Riigikantselei, lk 2
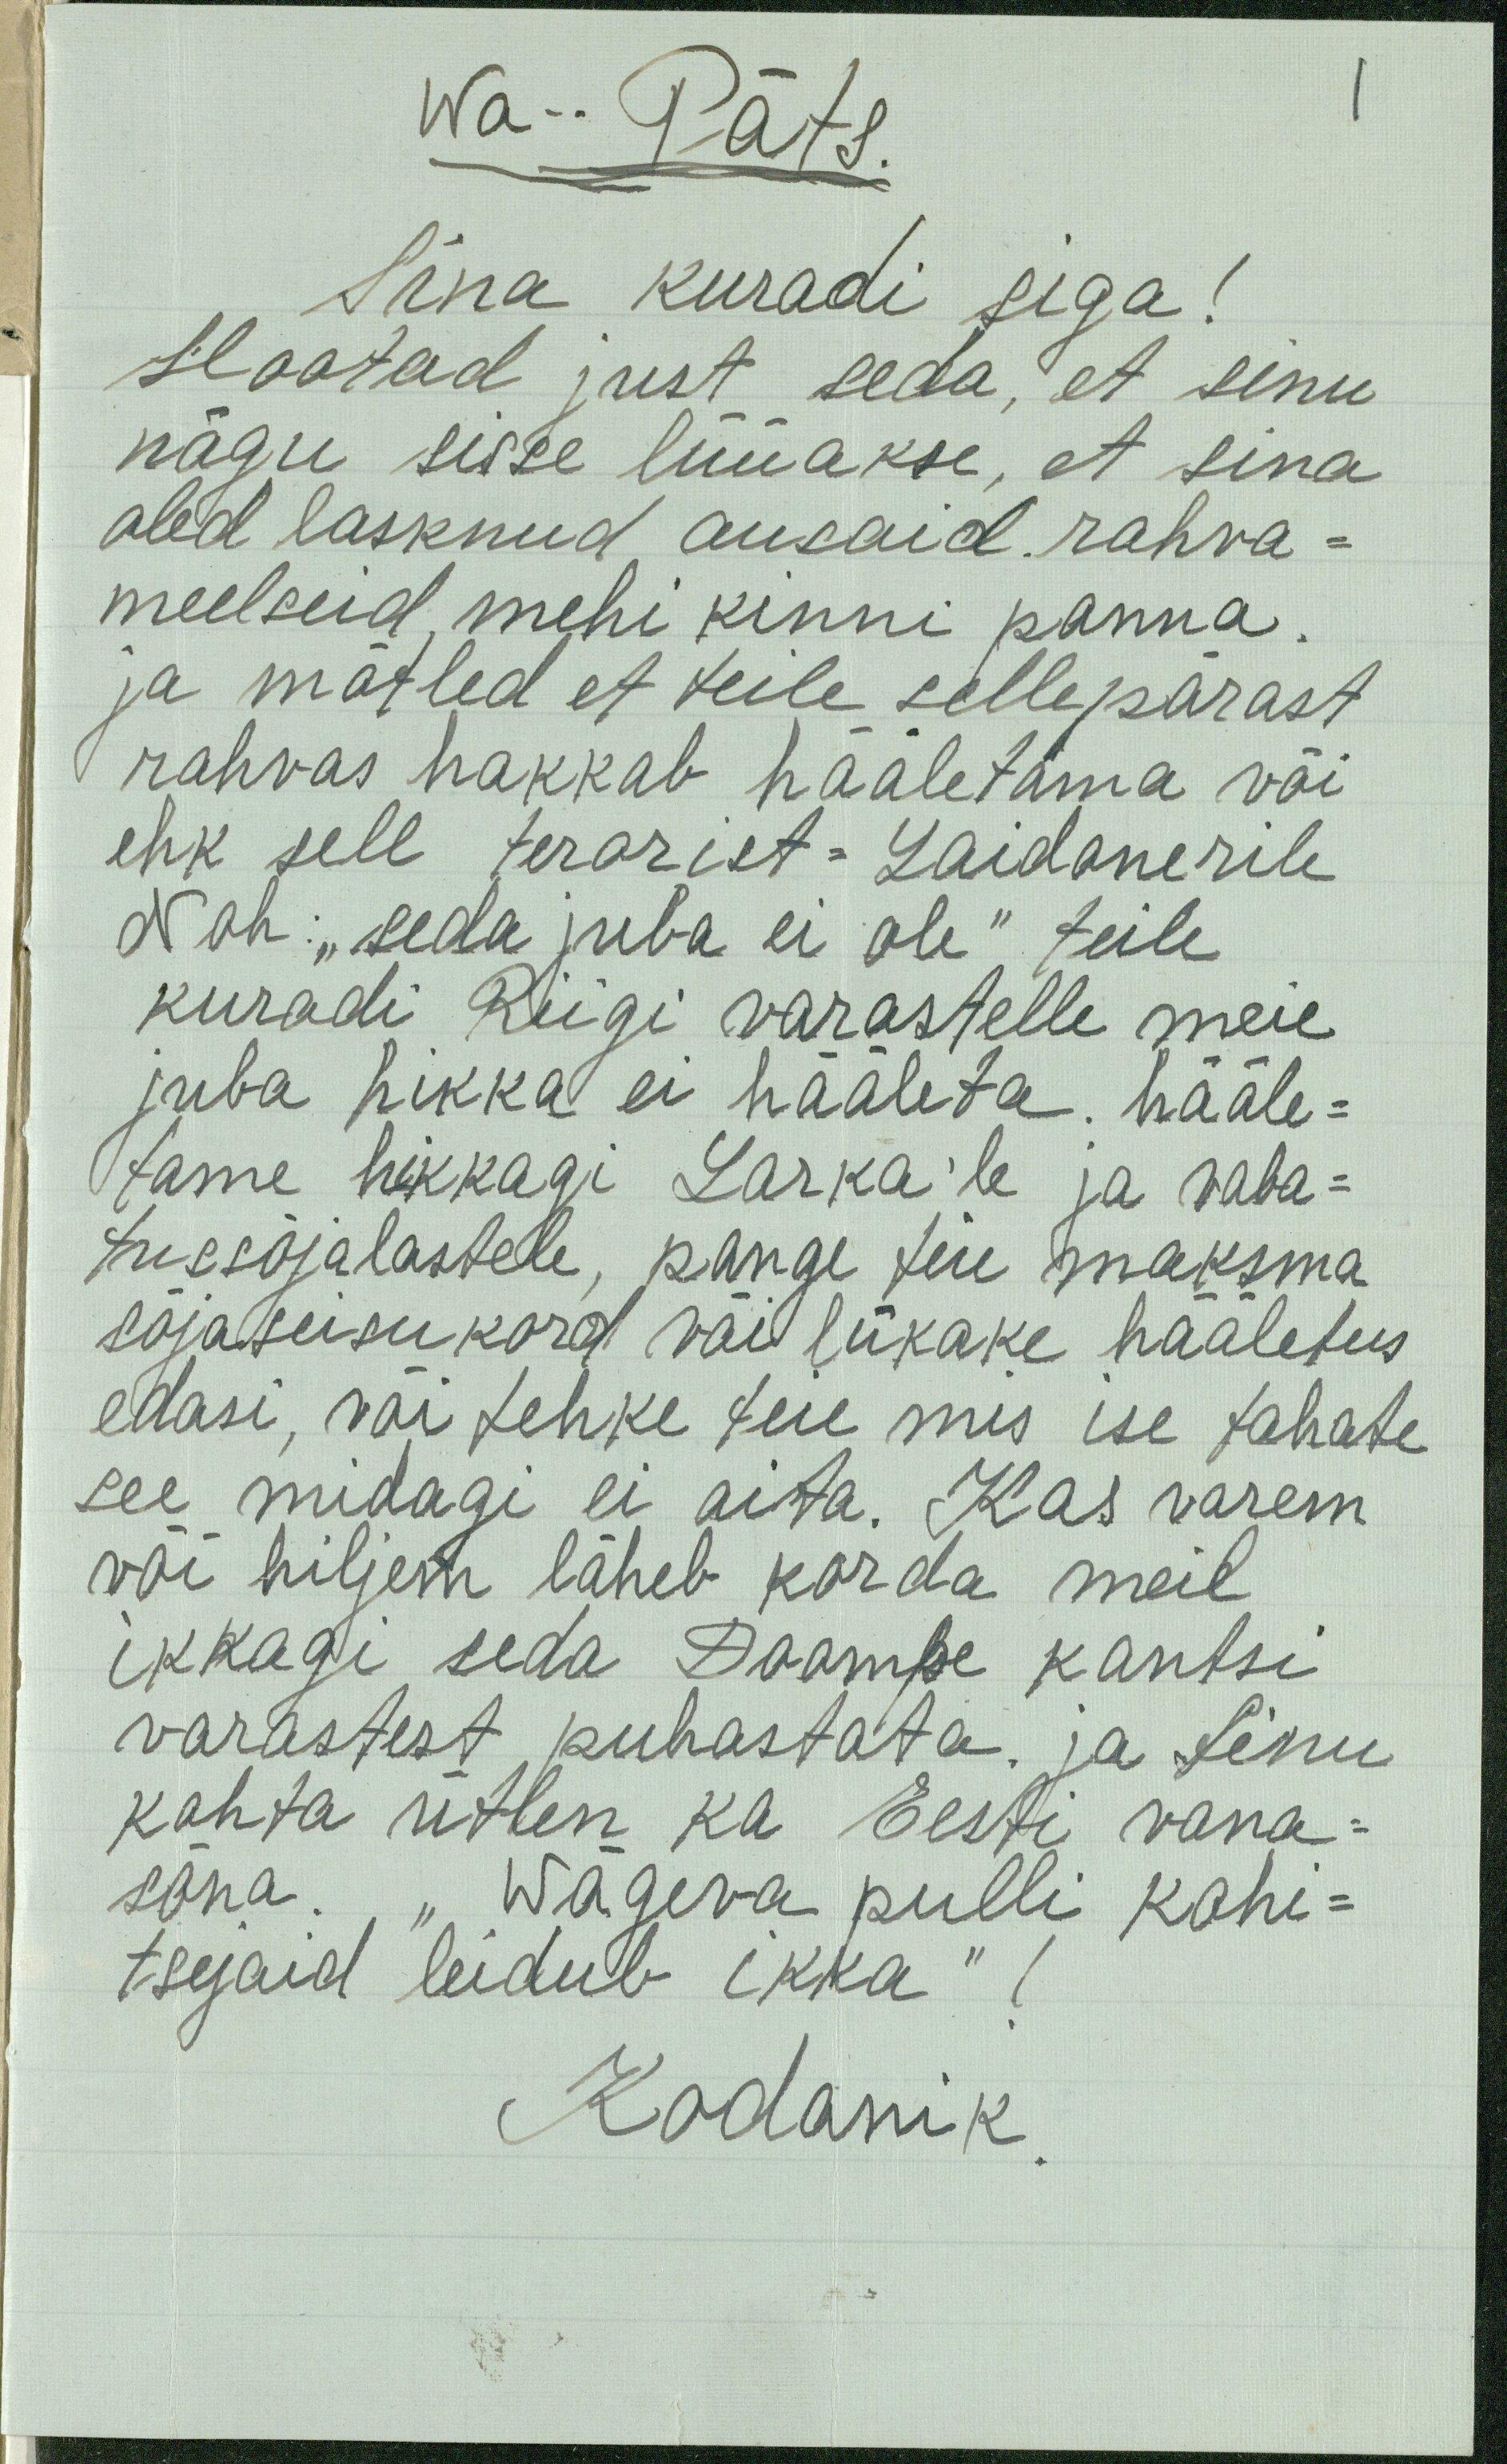
Wa-- Päts.
Sina kuradi siga!
Hootad just seda, et sinu
nägu sisse lüüakse, et sina
oled lasknud ausaid rahva-
meelseid mehi kinni panna
ja mõtled et teile sellepärast
rahvas hakkab hääletama või
ehk sell terorist - Laidonerile
Noh: "seda juba ei ole" teile
kuradi Riigi varastelle meie
juba hikka ei hääleta. hääle-
tame hikkagi Larka'le ja vaba-
tussõjalastele, pange teie maksma
sõjaseisukord või lükake hääletus
edasi, või tehke teie mis ise tahate
see midagi ei aita. Kas varem
või hiljem läheb korda meil
ikkagi seda Doompe kantsi
varastest puhastata. ja Sinu
kohta ütlen ka Eesti vana-
sõna. "Wägeva pulli kohi-
tsejaid leidub ikka" !
Kodanik